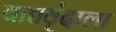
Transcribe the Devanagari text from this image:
वाद्यवृंदाला